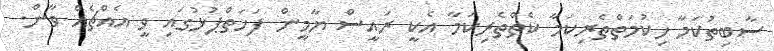
ސާބިތުކަމާ ހިކުމަތްތެރިކަމާ ކެތްތެރިކަމާ އެކީ ރައީސް ޔާމީން ފަހަތްޕުޅުގައި ވީ އެއްޗެއް ވާން.